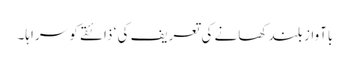
باآواز بلند کھانے کی تعریف کی ‘ ذائقے کو سراہا۔